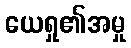
ယေရှု၏အမှု